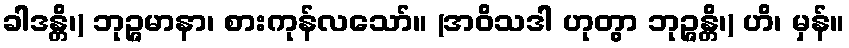
ခါဒန္တိ၊) ဘုဉ္ဇမာနာ၊ စားကုန်လသော်။ (အဝိသဒါ ဟုတွာ ဘုဉ္ဇန္တိ၊) ဟိ၊ မှန်။